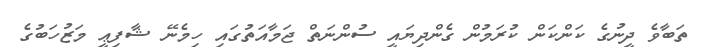
ތަބާވެ ދީނުގެ ކަންކަން ކުރަމުން ގެންދިޔައީ ސުންނަތް ޖަމާއަތުގައި ހިމެނޭ ޝާފިޢީ މަޒުހަބުގެ